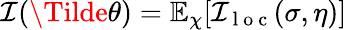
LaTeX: \mathcal{I}(\Tilde{\theta})=\mathbb{E}_{\chi}[\mathcal{I}_{\mathrm{~l~o~c~}}(\sigma,\eta)]